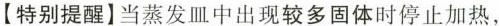
【特别提醒】当蒸发皿中出现较多固体时停止加热，